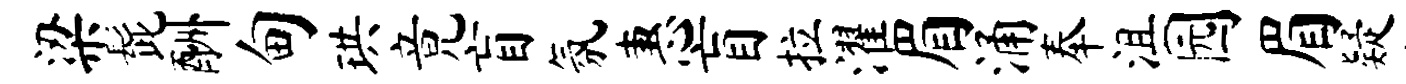
梁髭酬甸珙竟盲氛惠盲拉濯眉涌奉沮园眉疑个